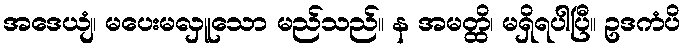
အဒေယျံ၊ မပေးမလှူသော မည်သည်။ န အမတ္ထိ၊ မရှိရပါပြီ။ ဥဒကံပိ